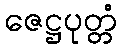
ဇေဋ္ဌပုတ္တံ